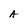
Character: A